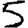
Digit: 5